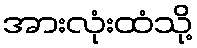
အားလုံးထံသို့